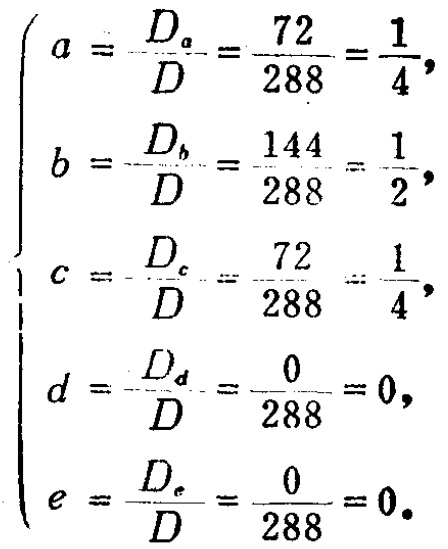
\[
\begin{cases}
a = \frac{D_a}{D}=\frac{72}{288}=\frac{1}{4},\\
b = \frac{D_b}{D}=\frac{144}{288}=\frac{1}{2},\\
c = \frac{D_c}{D}=\frac{72}{288}=\frac{1}{4},\\
d = \frac{D_d}{D}=\frac{0}{288}=0,\\
e = \frac{D_e}{D}=\frac{0}{288}=0.
\end{cases}
\]